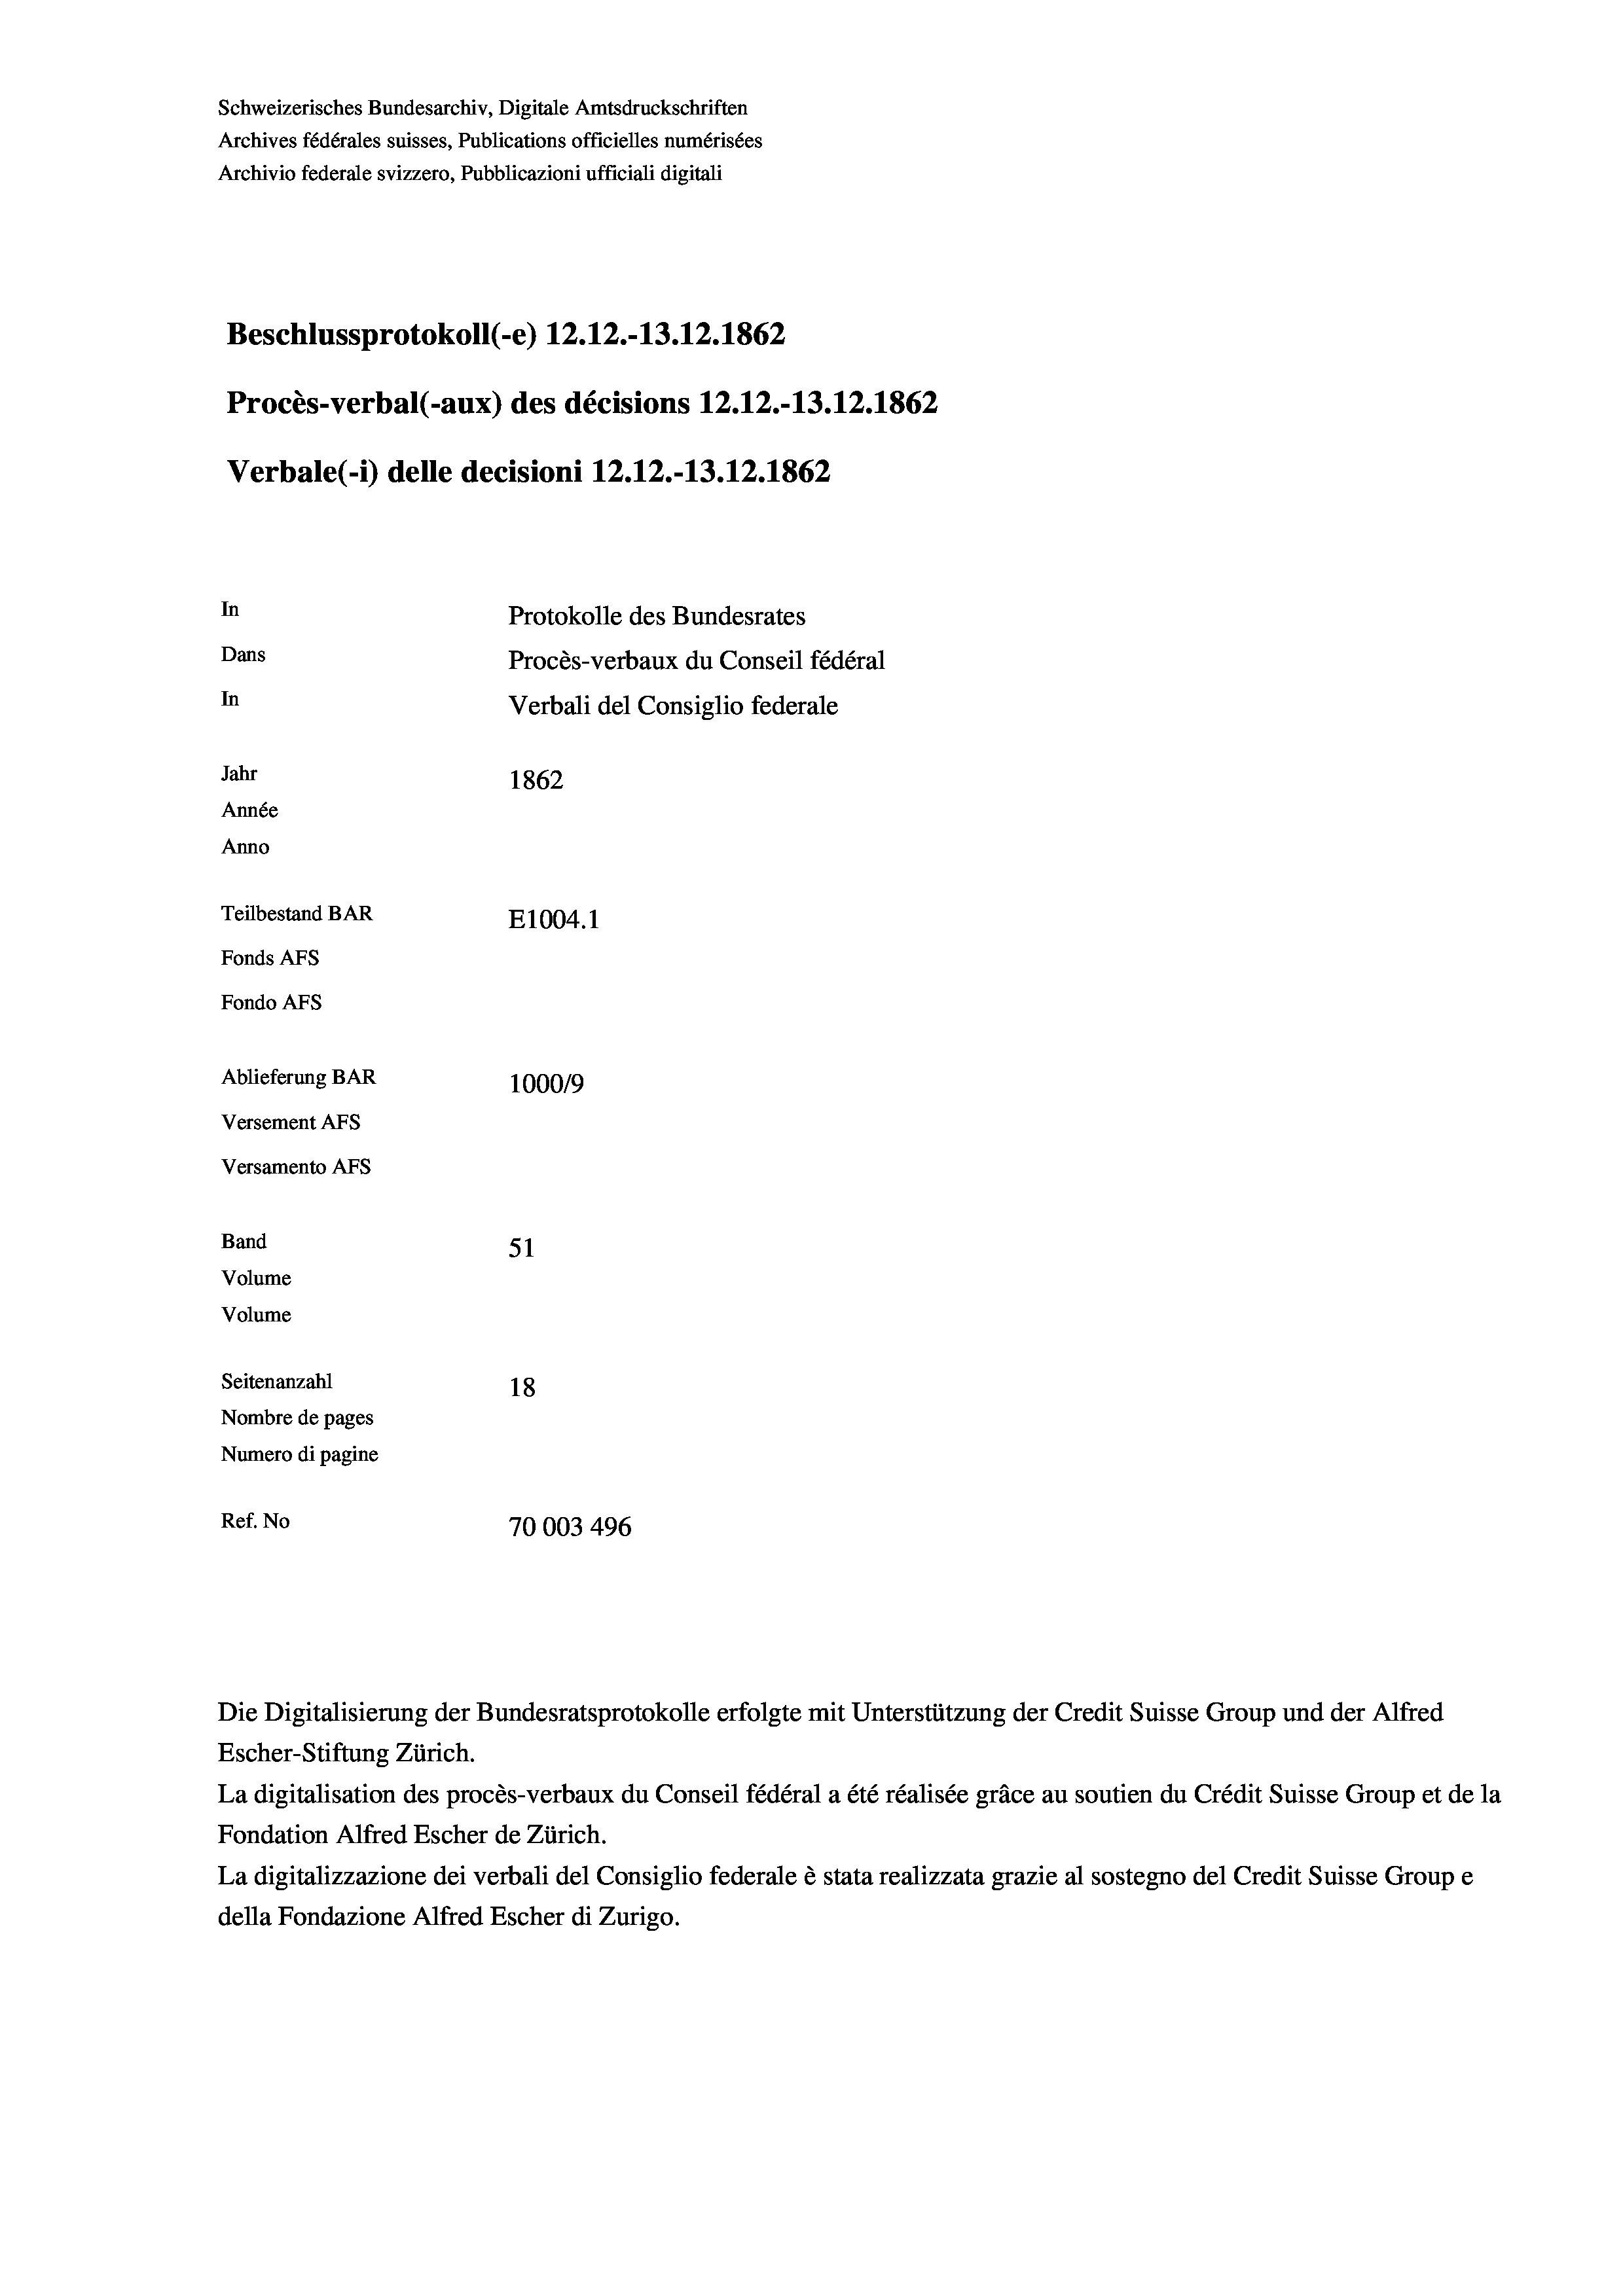
Beschlussprotokoll (-e) 12.12.-13.12. 1862
In
Protokolle des Bundesrates
Dans
Procès-verbaux du Conseil fédéral
In
Verbali del Consiglio federale
Jahr
1862
Année
Anno
Teilbestand BAR
E1004. 1
Fonds AFs
Fondo AFs

Schweizerisches Bundesarchiv, Digitale Amtsdruckschriften
Archives fédérales suisses, Publications officielles numérisées
Archivio federale svizzero, Pubblicazioni ufficiali digitali

Procès-verbal (-aux) des décisions 12.12.-13.12.1862
Verbale(-*) delle decisioni 12.12.-13.12.1862

Ablieferung BAR
100019
Versement AFs
Versamento AFs
Band
51
Volume
Volume
Seitenanzahl
18
Nombre de pages
Numero di pagine

Ref. No
70003 496

Die Digitalisierung der Bundesratsprotokolle erfolgte mit Unterstützung der Credit Suisse Group und der Alfred
Escher-Stiftung Zürich.
La digitalisation des procès-verbaux du Conseil fédéral a été réalisée gräce au soutien du Crédit Suisse Group et de la
Fondation Alfred Escher de Zürich.
La digitalizzazione dei verbali del Consiglio federale è stata realizzata grazie al sostegno del Credit Suisse Groupe
della Fondazione Alfred Escher di Zurigo.